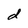
Character: d